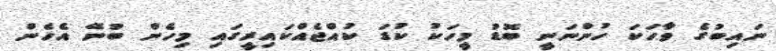
ނައިބުގެ ވާހަކަ ހުންނަނީ ބޮޑު މީހަކު ކުޑަ ކުއްޖެއްކައިރީގައި މިހެން ބުނޭ އެހެން